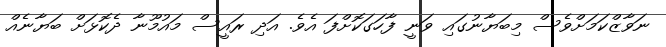
ނަވާޒްކަމަށްވެސް މިބަޔާނުގައި ވަނީ ފާހަގަކޮށްފަ އެވެ. އަދި ރައީސް މައުމޫނާ ދެކޮޅަށް ބަޔާނެއް